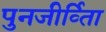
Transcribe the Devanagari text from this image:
पुनजीर्व्ताि